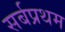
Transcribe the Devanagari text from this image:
सर्बप्रथम